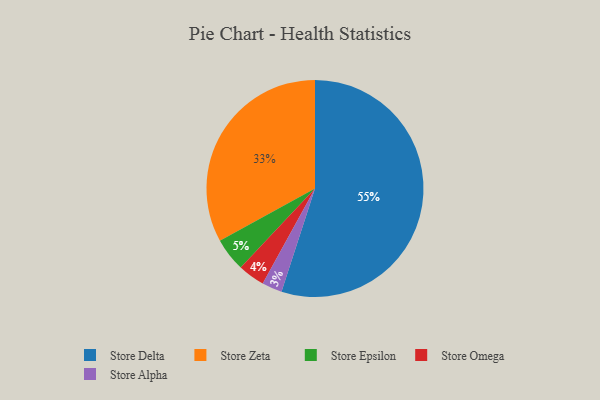
{"axis": {"x": "Category", "y": "Percentage"}, "legend": ["Store Alpha", "Store Delta", "Store Epsilon", "Store Omega", "Store Zeta"], "data": [{"x": "Store Epsilon", "y": 5, "type": "Store Epsilon"}, {"x": "Store Zeta", "y": 33, "type": "Store Zeta"}, {"x": "Store Omega", "y": 4, "type": "Store Omega"}, {"x": "Store Alpha", "y": 3, "type": "Store Alpha"}, {"x": "Store Delta", "y": 55, "type": "Store Delta"}]}